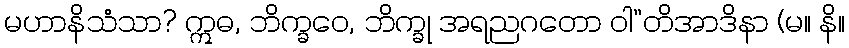
မဟာနိသံသာ? ဣဓ, ဘိက္ခဝေ, ဘိက္ခု အရညဂတော ဝါ”တိအာဒိနာ (မ။ နိ။